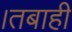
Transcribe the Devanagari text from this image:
।तबाही